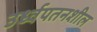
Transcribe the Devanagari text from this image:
उर्ध्वपतनशील